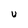
Character: U